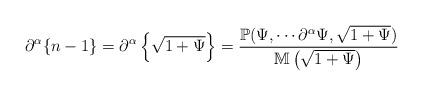
LaTeX: \begin{align*}\partial^\alpha \{n -1\}&=\partial^\alpha\left\{\sqrt{1+\Psi}\right\}=\frac{\mathbb{P}( \Psi,\cdots \partial^\alpha \Psi,\sqrt{1+\Psi})}{\mathbb{M}\left(\sqrt{1+\Psi}\right) }\end{align*}